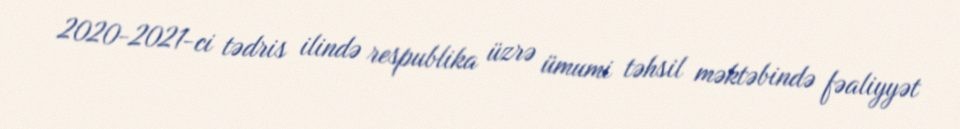
2020-2021-ci tədris ilində respublika üzrə ümumi təhsil məktəbində fəaliyyət